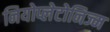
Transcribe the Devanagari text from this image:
नियोप्लेटोनिज्म